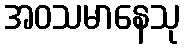
အဝသမာနေသု